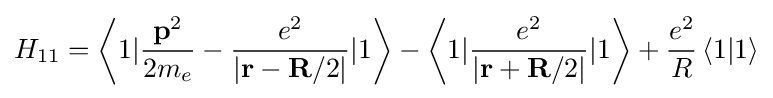
{{H}_{11}}=\left\langle 1|{\frac {{\mathbf {p} }^{2}}{2{{m}_{e}}}}-{\frac {{e}^{2}}{\left|\mathbf {r} -\mathbf {R} /2\right|}}|1\right\rangle -\left\langle 1|{\frac {{e}^{2}}{\left|\mathbf {r} +\mathbf {R} /2\right|}}|1\right\rangle +{\frac {{e}^{2}}{R}}\left\langle 1|1\right\rangle